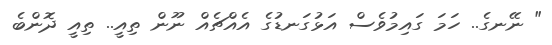
" ނޭނގެ.. ހަމަ ގައިމުވެސް އަޅުގަނޑުގެ އެއްޗެއް ނޫން ތިއީ.. ތިއީ ދޮންބެ